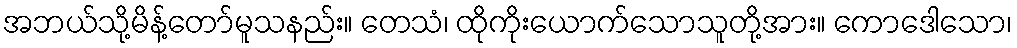
အဘယ်သို့မိန့်တော်မူသနည်း။ တေသံ၊ ထိုကိုးယောက်သောသူတို့အား။ ကောဒေါသော၊